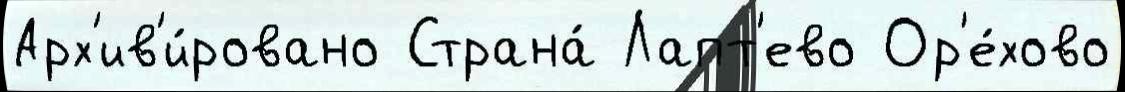
Арх'ив'и́ровано Страна́ Лапт'ево Ор'е́хово